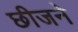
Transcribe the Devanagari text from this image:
छीजने